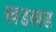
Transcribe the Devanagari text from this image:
खडखड